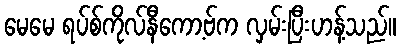
မေမေ ရပ်စ်ကိုလ်နီကော့ဗ်က လှမ်းပြီးဟန့်သည်။